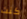
كنت